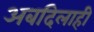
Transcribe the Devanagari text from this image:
अबदिलाही